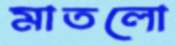
মাতলো